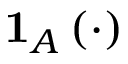
\mathbf { 1 } _ { A } \left( \cdot \right)